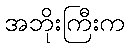
အဘိုးကြီးက